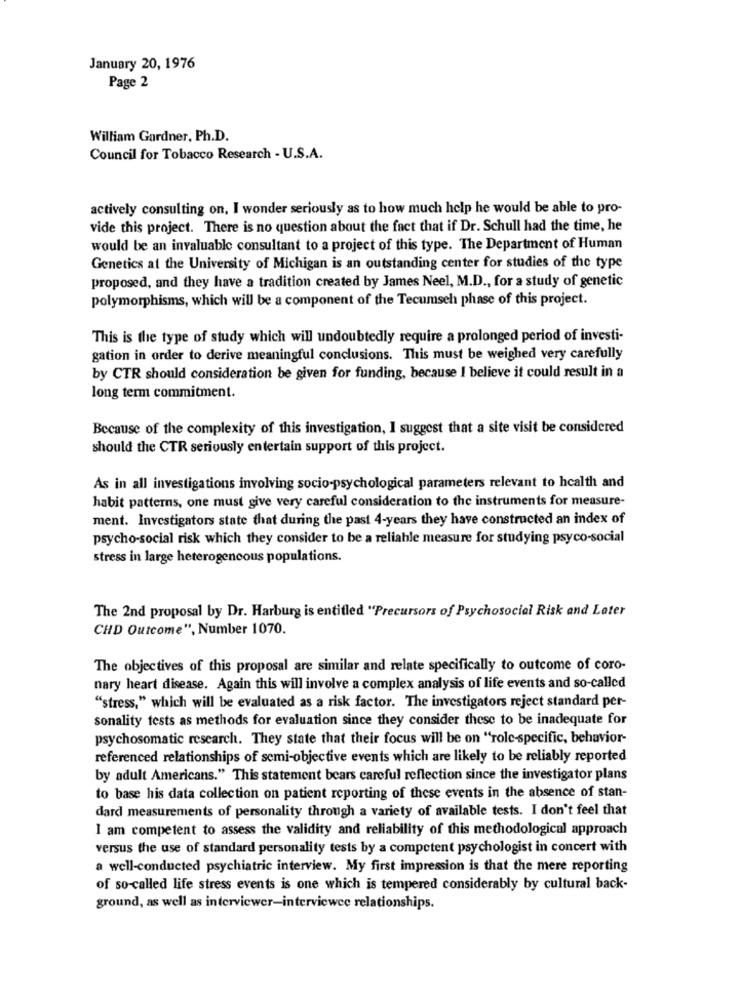
January 20, 1976
Page 2
William Gardner, Ph.D.
Council for Tobacco Research - U.S.A.
actively consulting on, I wonder seriously as to how much help he would be able to pro-
vide this project. There is no question about the fact that if Dr. Schull had the time, he
would be an invaluable consultant to a project of this type. The Department of Human
Genetics at the University of Michigan is an outstanding center for studies of the type
proposed, and they have a tradition created by James Neel, M.D ., for a study of genetic
polymorphisms, which will be a component of the Tecumseh phase of this project.
This is the type of study which will undoubtedly require a prolonged period of investi-
gation in order to derive meaningful conclusions. This must be weighed very carefully
by CTR should consideration be given for funding, because I believe it could result in a
long term commitment.
Because of the complexity of this investigation, I suggest that a site visit be considered
should the CTR seriously entertain support of this project.
As in all investigations involving socio-psychological parameters relevant to health and
habit patterns, one must give very careful consideration to the instruments for measure-
ment. Investigators state that during the past 4-years they have constructed an index of
psycho-social risk which they consider to be a reliable measure for studying psyco-social
stress in large heterogeneous populations.
The 2nd proposal by Dr. Harburg is entitled "Precursors of Psychosocial Risk and Later
CHD Outcome", Number 1070.
The objectives of this proposal are similar and relate specifically to outcome of coro-
nary heart disease. Again this will involve a complex analysis of life events and so-called
"stress," which will be evaluated as a risk factor. The investigators reject standard per-
sonality tests as methods for evaluation since they consider these to be inadequate for
psychosomatic research. They state that their focus will be on "role-specific, behavior-
referenced relationships of semi-objective events which are likely to be reliably reported
by adult Americans." This statement bears careful reflection since the investigator plans
to base his data collection on patient reporting of these events in the absence of stan-
dard measurements of personality through a variety of available tests. I don't feel that
I am competent to assess the validity and reliability of this methodological approach
versus the use of standard personality tests by a competent psychologist in concert with
a well-conducted psychiatric interview. My first impression is that the mere reporting
of so-called life stress events is one which is tempered considerably by cultural back-
ground, as well as interviewer-interviewee relationships.